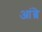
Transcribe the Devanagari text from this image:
आंब्रे